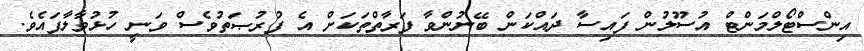
އިންސްޓޯލްމަންޓް އުސޫލުން ފައިސާ ދައްކަން ބޭނުންވާ ފަރާތްތަކަށް އެ ފުރުޞަތުވެސް ވަނީ ހުޅުވާލާފައެވެ.